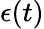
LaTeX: \epsilon(t)